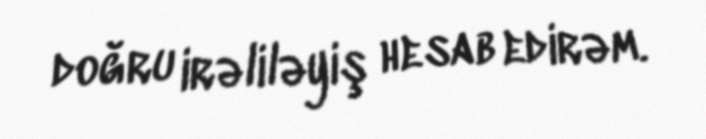
doğru irəliləyiş hesab edirəm.